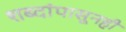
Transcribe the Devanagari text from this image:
शब्दांपासूनही